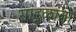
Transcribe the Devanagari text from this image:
गांडूळांना